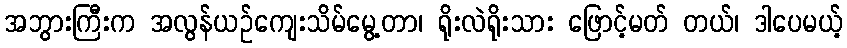
အဘွားကြီးက အလွန်ယဉ်ကျေးသိမ်မွေ့တာ၊ ရိုးလဲရိုးသား ဖြောင့်မတ် တယ်၊ ဒါပေမယ့်